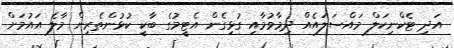
އަދި ޓެކްނިކަލް މައްސަލައެއް ދިމާވުމާއި ގުޅިގެން އެޓީމުގެ ބާކީ ކުޅުންތެރިން މާލެ އައުމަށް